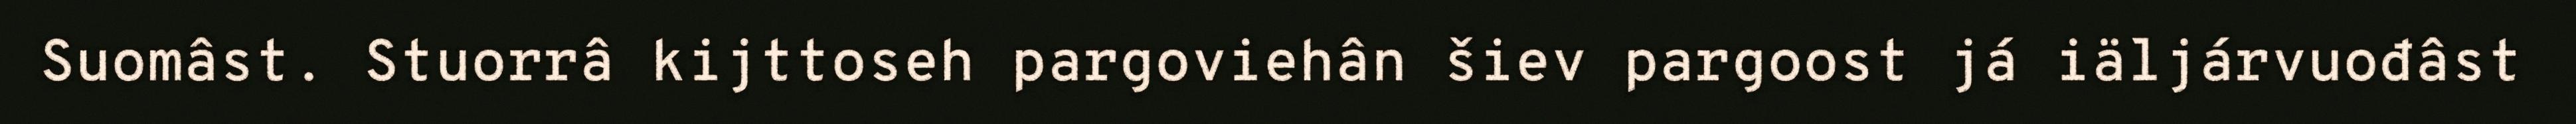
Suomâst. Stuorrâ kijttoseh pargoviehân šiev pargoost já iäljárvuođâst